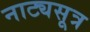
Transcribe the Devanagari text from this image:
नाट्यसूत्र